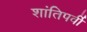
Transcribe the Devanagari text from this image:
शांतिपर्वी